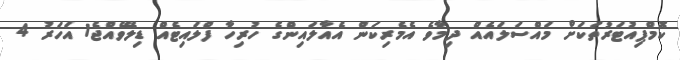
ކޮމްޕިއުޓަރުތަކަށް މައްސަލައެއް ދިމާވެ އެމެރިކަން އެއާލައިންގެ ހުރިހާ ފްލައިޓެއް ޑިލޭވެއްޖެ1 އަހަރު 4